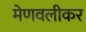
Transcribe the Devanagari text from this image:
मेणवलीकर